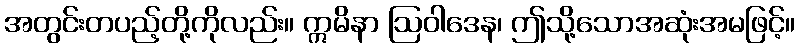
အတွင်းတပည့်တို့ကိုလည်း။ ဣမိနာ ဩဝါဒေန၊ ဤသို့သောအဆုံးအမဖြင့်။